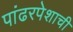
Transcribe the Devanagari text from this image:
पांढरपेशाची